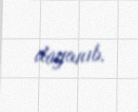
dayanıb.